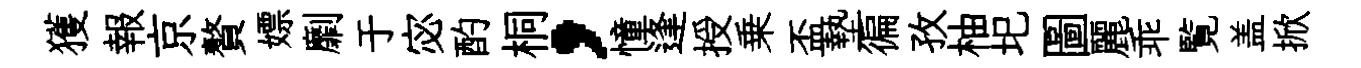
獲報京贅嫖劘于宓酌桐，憧逢授乗盃墊徧孜柚圯圖麗乖覧盖掀